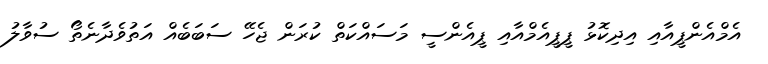
އެމްއެންޕީއާއި އިދިކޮޅު ޕީޕީއެމްއާއި ޕީއެންސީ މަސައްކަތް ކުރަން ޖެހޭ ސަބަބެއް އަތުވެދާނެތޯ ސުވާލު